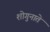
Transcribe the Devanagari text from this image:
शोगुनाते